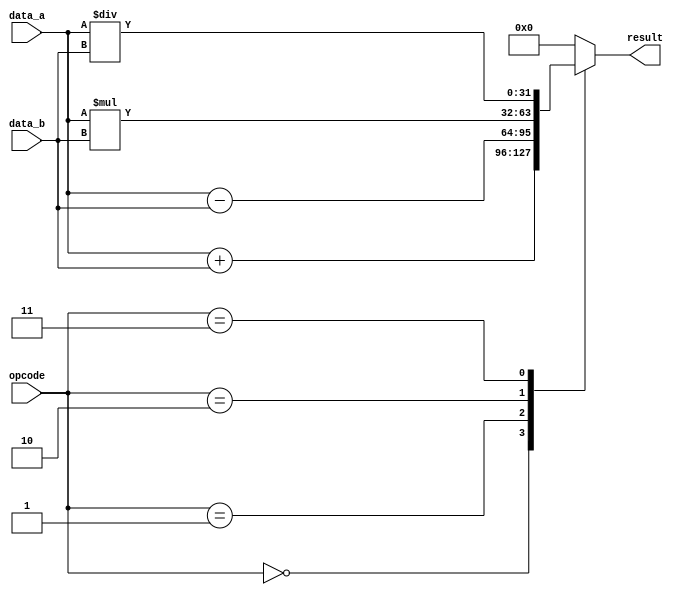
module single_precision_fpu (
    input wire [31:0] data_a,
    input wire [31:0] data_b,
    input wire [3:0] opcode, // 0: addition, 1: subtraction, 2: multiplication, 3: division
    output reg [31:0] result
);

always @(*) begin
    case (opcode)
        0: result = data_a + data_b; // addition
        1: result = data_a - data_b; // subtraction
        2: result = data_a * data_b; // multiplication
        3: result = data_a / data_b; // division
        default: result = 32'h0; // default to 0 for invalid opcode
    endcase
end

endmodule